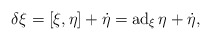
\begin{gather*} \delta \xi = [ \xi, \eta ] + \dot{ \eta } = \operatorname{ad} _\xi \eta + \dot{ \eta } ,\end{gather*}